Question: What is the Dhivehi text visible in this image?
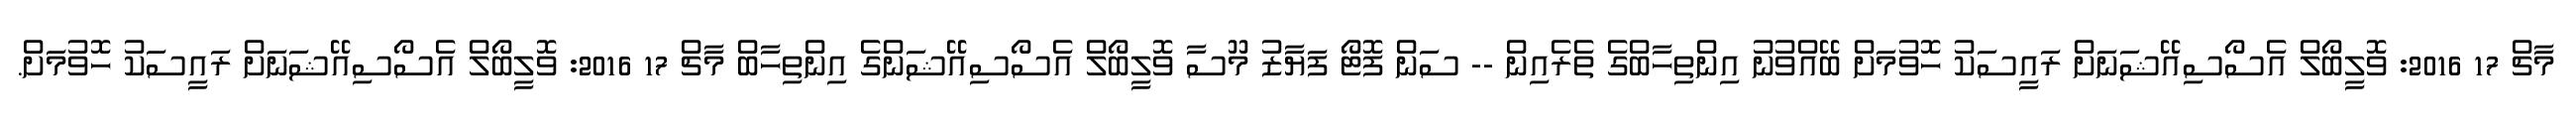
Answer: މާޗް 17 2016: ވޮލީބޯލް އެސޯސިއޭޝަނަށް ރައީސަކު ހޮވުމަށް ބޭއްވުނު އިންތިހާބްގެ ތެރެއިން -- ސަން ފޮޓޯ ފަޔާޒު މޫސާ ވޮލީބޯލް އެސޯސިއޭޝަންގެ އިންތިހާބް މާޗް 17 2016: ވޮލީބޯލް އެސޯސިއޭޝަނަށް ރައީސަކު ހޮވުމަށް.